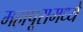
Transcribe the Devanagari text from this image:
महापूरामध्ये